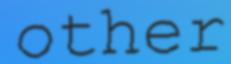
other